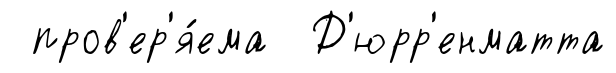
пров'ер'я́ема Д'юрр'енматта